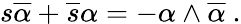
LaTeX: s\overline{{{\alpha}}}+\overline{{{s}}}\alpha=-\alpha\wedge\overline{{{\alpha}}}~.